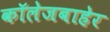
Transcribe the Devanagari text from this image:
कॉलेजबाहेर